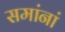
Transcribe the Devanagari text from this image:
समांनां